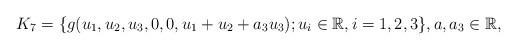
LaTeX: \begin{align*} K_{7}=\{g(u_1,u_2,u_3,0,0,u_1+u_2+a_3u_3);u_i \in \mathbb R, i=1,2,3 \}, a, a_3\in \mathbb R, \end{align*}